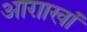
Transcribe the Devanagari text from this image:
आग़ाखां